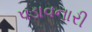
પડાવનારી